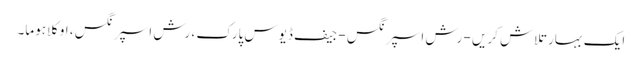
ایک بہار تلاش کریں - رش اسپرنگس - جیف ڈیوس پارک ، رش اسپرنگس ، اوکلاہوما۔